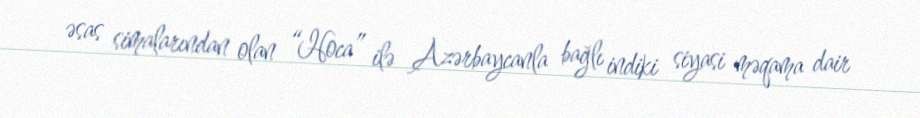
əsas simalarından olan “Hoca” ilə Azərbaycanla bağlı indiki siyasi məqama dair